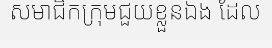
សមាជិកក្រុមជួយខ្លួនឯង ដែល